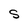
Character: S